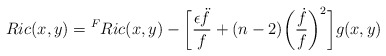
\begin{align*} Ric(x,y) = {^F}Ric(x,y) - \bigg[\frac{\epsilon \ddot{f}}{f} + (n-2)\bigg(\frac{\dot{f}}{f}\bigg)^{2}\bigg]g(x,y)\end{align*}